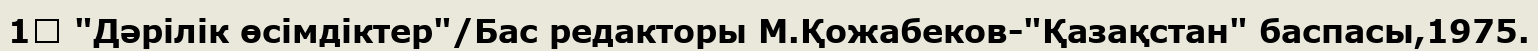
1↑ "Дәрілік өсімдіктер"/Бас редакторы М.Қожабеков-"Қазақстан" баспасы,1975.